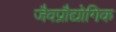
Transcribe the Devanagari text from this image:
जैवप्रौद्योगिक